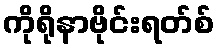
ကိုရိုနာဗိုင်းရတ်စ်